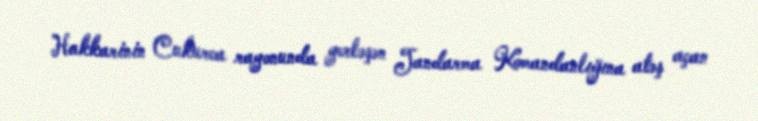
Hakkarinin Cukurca rayonunda yerləşən Jandarma Komandanlığına atəş açan